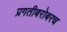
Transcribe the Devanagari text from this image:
प्रगतीबरोबरच